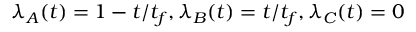
\lambda _ { A } ( t ) = 1 - t / t _ { f } , \lambda _ { B } ( t ) = t / t _ { f } , \lambda _ { C } ( t ) = 0